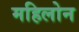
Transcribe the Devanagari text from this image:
महिलोन